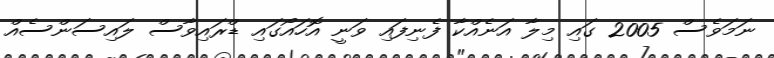
ނަމަވެސް 2005 ގައި މިލާ އަނެއްކާ ފެނިފައި ވަނީ އޮހައޯގައި ޑްރައިވާސް ލައިސަންސެއް